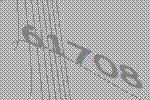
61708